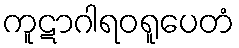
ကူဋာဂါရဝရူပေတံ